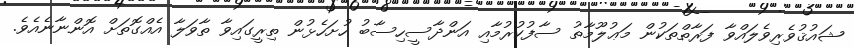
ޝައުޤުވެރިވެލައްވާ ފަރާތްތަކުން މަޢުލޫމާތު ސާފުކުރުމާއި އަންދާސީހިސާބު ހުށަހެޅުން ތިރީގައިވާ ތާވަލާ އެއްގޮތަށް އޮންނާނެއެވެ.